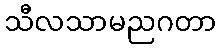
သီလသာမညဂတာ